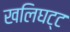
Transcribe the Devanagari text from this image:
खलिघट्ट